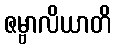
ဇမ္ဗာလိယာတိ